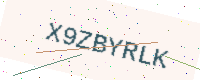
Text: X9ZBYRLK